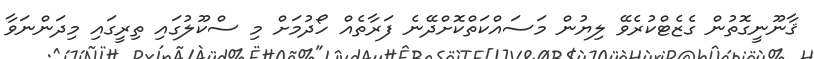
ޤާނޫނީގޮތުން ގެޒެޓްކުރެވޭ ލިޔުން މަސައްކަތްކޮށްދޭނެ ފަރާތެއް ހޯދުމަށް މި ސްކޫލުގައި ތިރީގައި މިދަންނަވާ